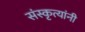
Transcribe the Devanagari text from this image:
संस्कृत्यांनी